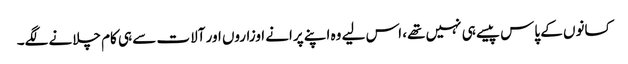
کسانوں کے پاس پیسے ہی نہیں تھے، اس لیے وہ اپنے پرانے اوزاروں اور آلات سے ہی کام چلانے لگے۔